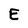
Character: E